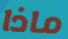
ماذا